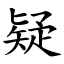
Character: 疑